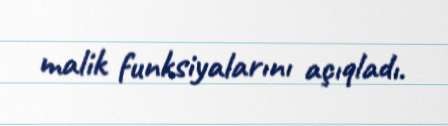
malik funksiyalarını açıqladı.